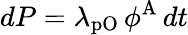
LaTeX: dP=\lambda_{\mathrm{pO}}\, \phi^{\mathrm{A}}\, dt